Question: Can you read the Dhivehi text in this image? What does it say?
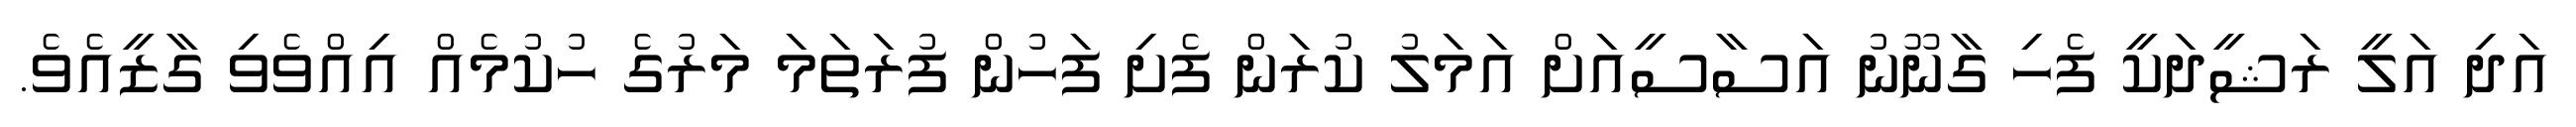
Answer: އަދި އަލީ ރަޝީދަކީ ފެހި ގާނޫނު އަސާސީއަށް އަމަލު ކުރަން ފެށި ފަހުން ފުރަތަމަ މަރުގެ ހުކުމެއް އިއްވެވި ގާޒީއެވެ.